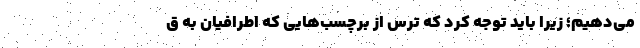
می‌دهیم؛ زیرا باید توجه کرد که ترس از برچسب‌هایی که اطرافیان به ق